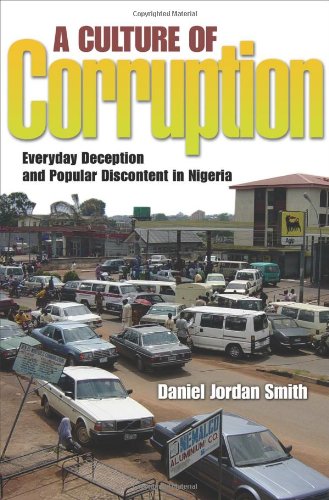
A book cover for A Culture of Corruption: Everyday Deception and Popular Discontent in Nigeria; Daniel Jordan Smith; History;